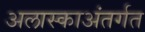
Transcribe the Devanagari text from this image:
अलास्काअंतर्गत